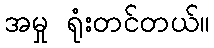
အမှု ရုံးတင်တယ်။